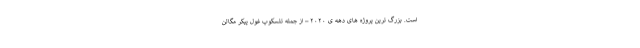
است. بزرگ ترین پروژه های دهه ی ۲۰۲۰ – از جمله تلسکوپ غول پیکر مگالن